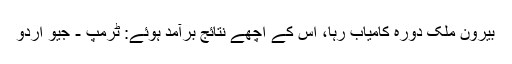
بیرونِ ملک دورہ کامیاب رہا، اس کے اچھے نتائج برآمد ہوئے: ٹرمپ - جیو اردو